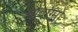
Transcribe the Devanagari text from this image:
शैवाग्मो